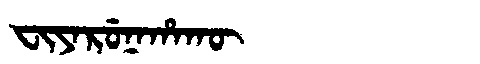
Manchu: ᠸᡳᠶᠠᡵᡠᠨᠠᡥᠠᡴᡡ
Romanization: FIYARUNAHAKŪ